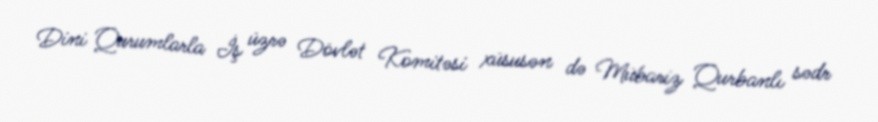
Dini Qurumlarla İş üzrə Dövlət Komitəsi xüsusən də Mübariz Qurbanlı sədr